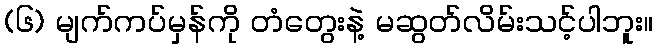
(၆) မျက်ကပ်မှန်ကို တံတွေးနဲ့ မဆွတ်လိမ်းသင့်ပါဘူး။